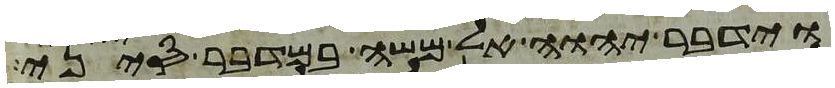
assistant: וידבר יהוה אל משה במדבר סיני